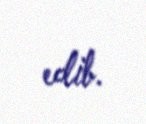
edib.